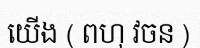
យើង ( ពហុ វចន )